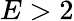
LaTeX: E>2